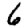
Digit: 6